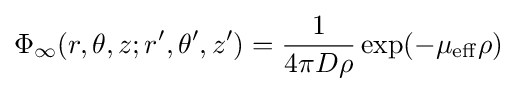
\Phi _{\infty }(r,\theta ,z;r',\theta ',z')={\frac {1}{4\pi D\rho }}\exp(-\mu _{\mathrm {eff} }\rho )